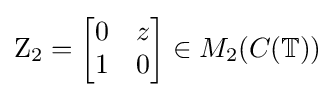
\mathrm {Z} _{2}={\begin{bmatrix}0&z\\1&0\end{bmatrix}}\in M_{2}(C(\mathbb {T} ))